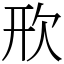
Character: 㰢